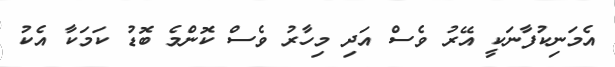
އެމަނިކުފާނަކީ އޭރު ވެސް އަދި މިހާރު ވެސް ކޮންމެ ބޮޑު ކަމަކާ އެކު